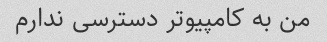
من به کامپیوتر دسترسی ندارم